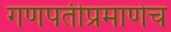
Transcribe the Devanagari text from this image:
गणपतीप्रमाणेच